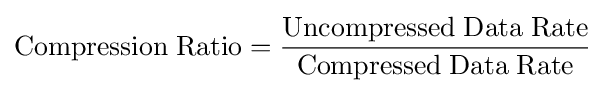
{\rm {Compression\;Ratio}}={\frac {\rm {Uncompressed\;Data\;Rate}}{\rm {Compressed\;Data\;Rate}}}